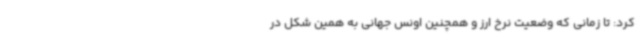
کرد: تا زمانی که وضعیت نرخ ارز و همچنین اونس جهانی به همین شکل در